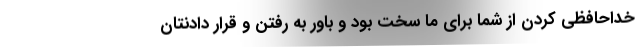
خداحافظی کردن از شما برای ما سخت بود و باور به رفتن و قرار دادنتان